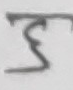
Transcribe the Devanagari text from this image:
३